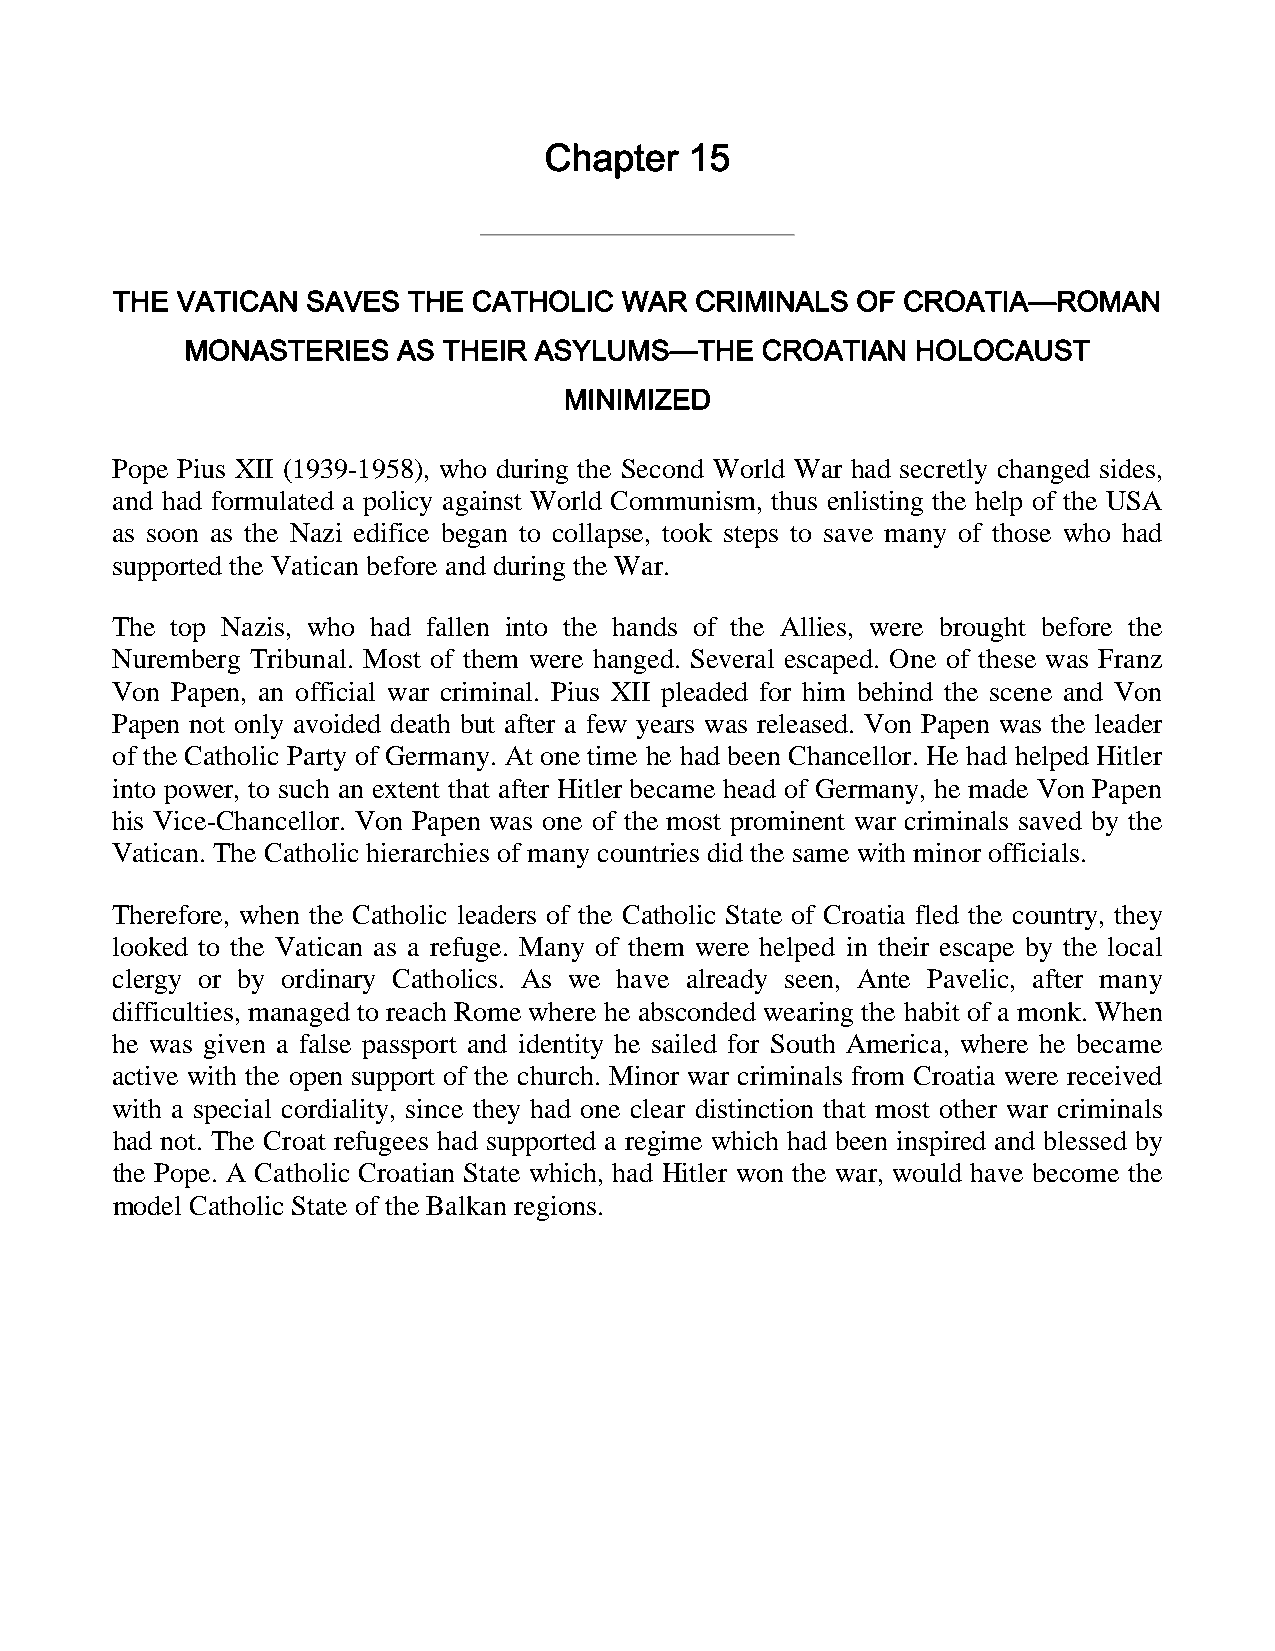
Chapter   15
 THE  VATICAN SAVES  THE CATHOLIC  WAR  CRIMINALS  OF CROATIA—ROMAN
 MONASTERIES   AS THEIR ASYLUMS—THE    CROATIAN   HOLOCAUST
 MINIMIZED
 Pope Pius XII (1939-1958), who during the Second World War had secretly changed sides,
 and had formulated a policy against World Communism, thus enlisting the help of the USA
 as soon as the Nazi edifice began to collapse, took steps to save many of those who had
 supported the Vatican before and during the War.
 The top Nazis, who had fallen into the hands of the Allies, were brought before the
 Nuremberg Tribunal. Most of them were hanged. Several escaped. One of these was Franz
 Von Papen, an official war criminal. Pius XII pleaded for him behind the scene and Von
 Papen not only avoided death but after a few years was released. Von Papen was the leader
 of the Catholic Party of Germany. At one time he had been Chancellor. He had helped Hitler
 into power, to such an extent that after Hitler became head of Germany, he made Von Papen
 his Vice-Chancellor. Von Papen was one of the most prominent war criminals saved by the
 Vatican. The Catholic hierarchies of many countries did the same with minor officials.
 Therefore, when the Catholic leaders of the Catholic State of Croatia fled the country, they
 looked to the Vatican as a refuge. Many of them were helped in their escape by the local
 clergy or by ordinary Catholics. As we have already seen, Ante Pavelic, after many
 difficulties, managed to reach Rome where he absconded wearing the habit of a monk. When
 he was given a false passport and identity he sailed for South America, where he became
 active with the open support of the church. Minor war criminals from Croatia were received
 with a special cordiality, since they had one clear distinction that most other war criminals
 had not. The Croat refugees had supported a regime which had been inspired and blessed by
 the Pope. A Catholic Croatian State which, had Hitler won the war, would have become the
 model Catholic State of the Balkan regions.